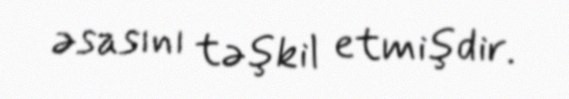
əsasını təşkil etmişdir.